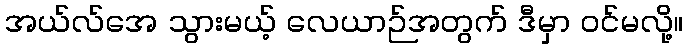
အယ်လ်အေ သွားမယ့် လေယာဉ်အတွက် ဒီမှာ ဝင်မလို့။